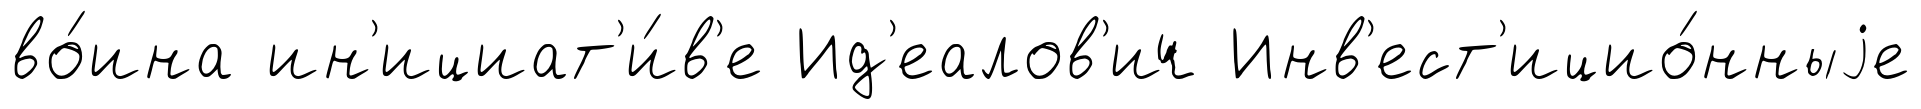
во́ина ин'ициат'и́в'е Ид'еалов'ич Инв'ест'ицио́нныjе